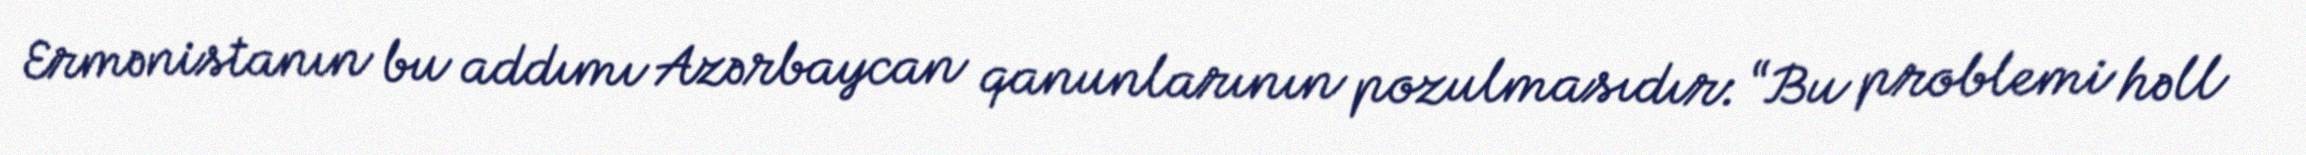
Ermənistanın bu addımı Azərbaycan qanunlarının pozulmasıdır: “Bu problemi həll